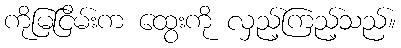
ကိုမြငြိမ်းက ထွေးကို လှည့်ကြည့်သည်။